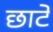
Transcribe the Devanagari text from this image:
छाटे